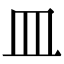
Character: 皿